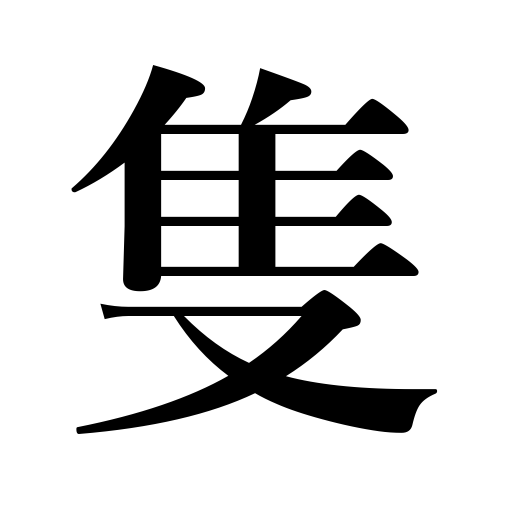
Meanings: birds,etc.,fish,counter for ships,and one of a pair,arrows